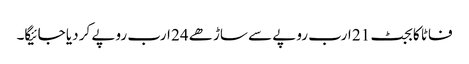
فاٹا کا بجٹ 21 ارب روپے سے ساڑھے 24 ارب روپے کر دیا جائیگا۔